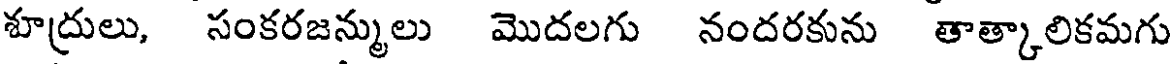
శూద్రులు, సంకరజన్ములు మొదలగు నందరకును తాత్కాలికమగు